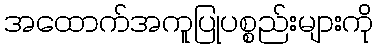
အထောက်အကူပြုပစ္စည်းများကို